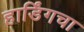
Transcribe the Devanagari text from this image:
हार्डिंगचा